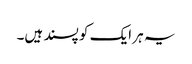
یہ ہر ایک کو پسند ہیں۔